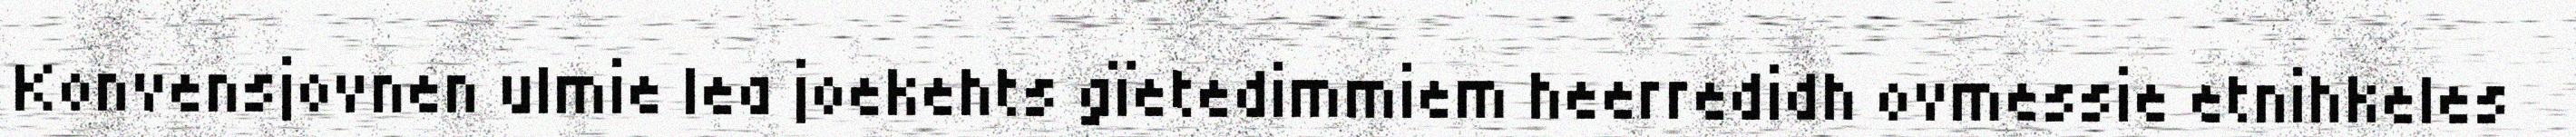
Konvensjovnen ulmie lea joekehts gïetedimmiem heerredidh ovmessie etnihkeles